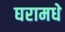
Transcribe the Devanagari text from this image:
घरामधे